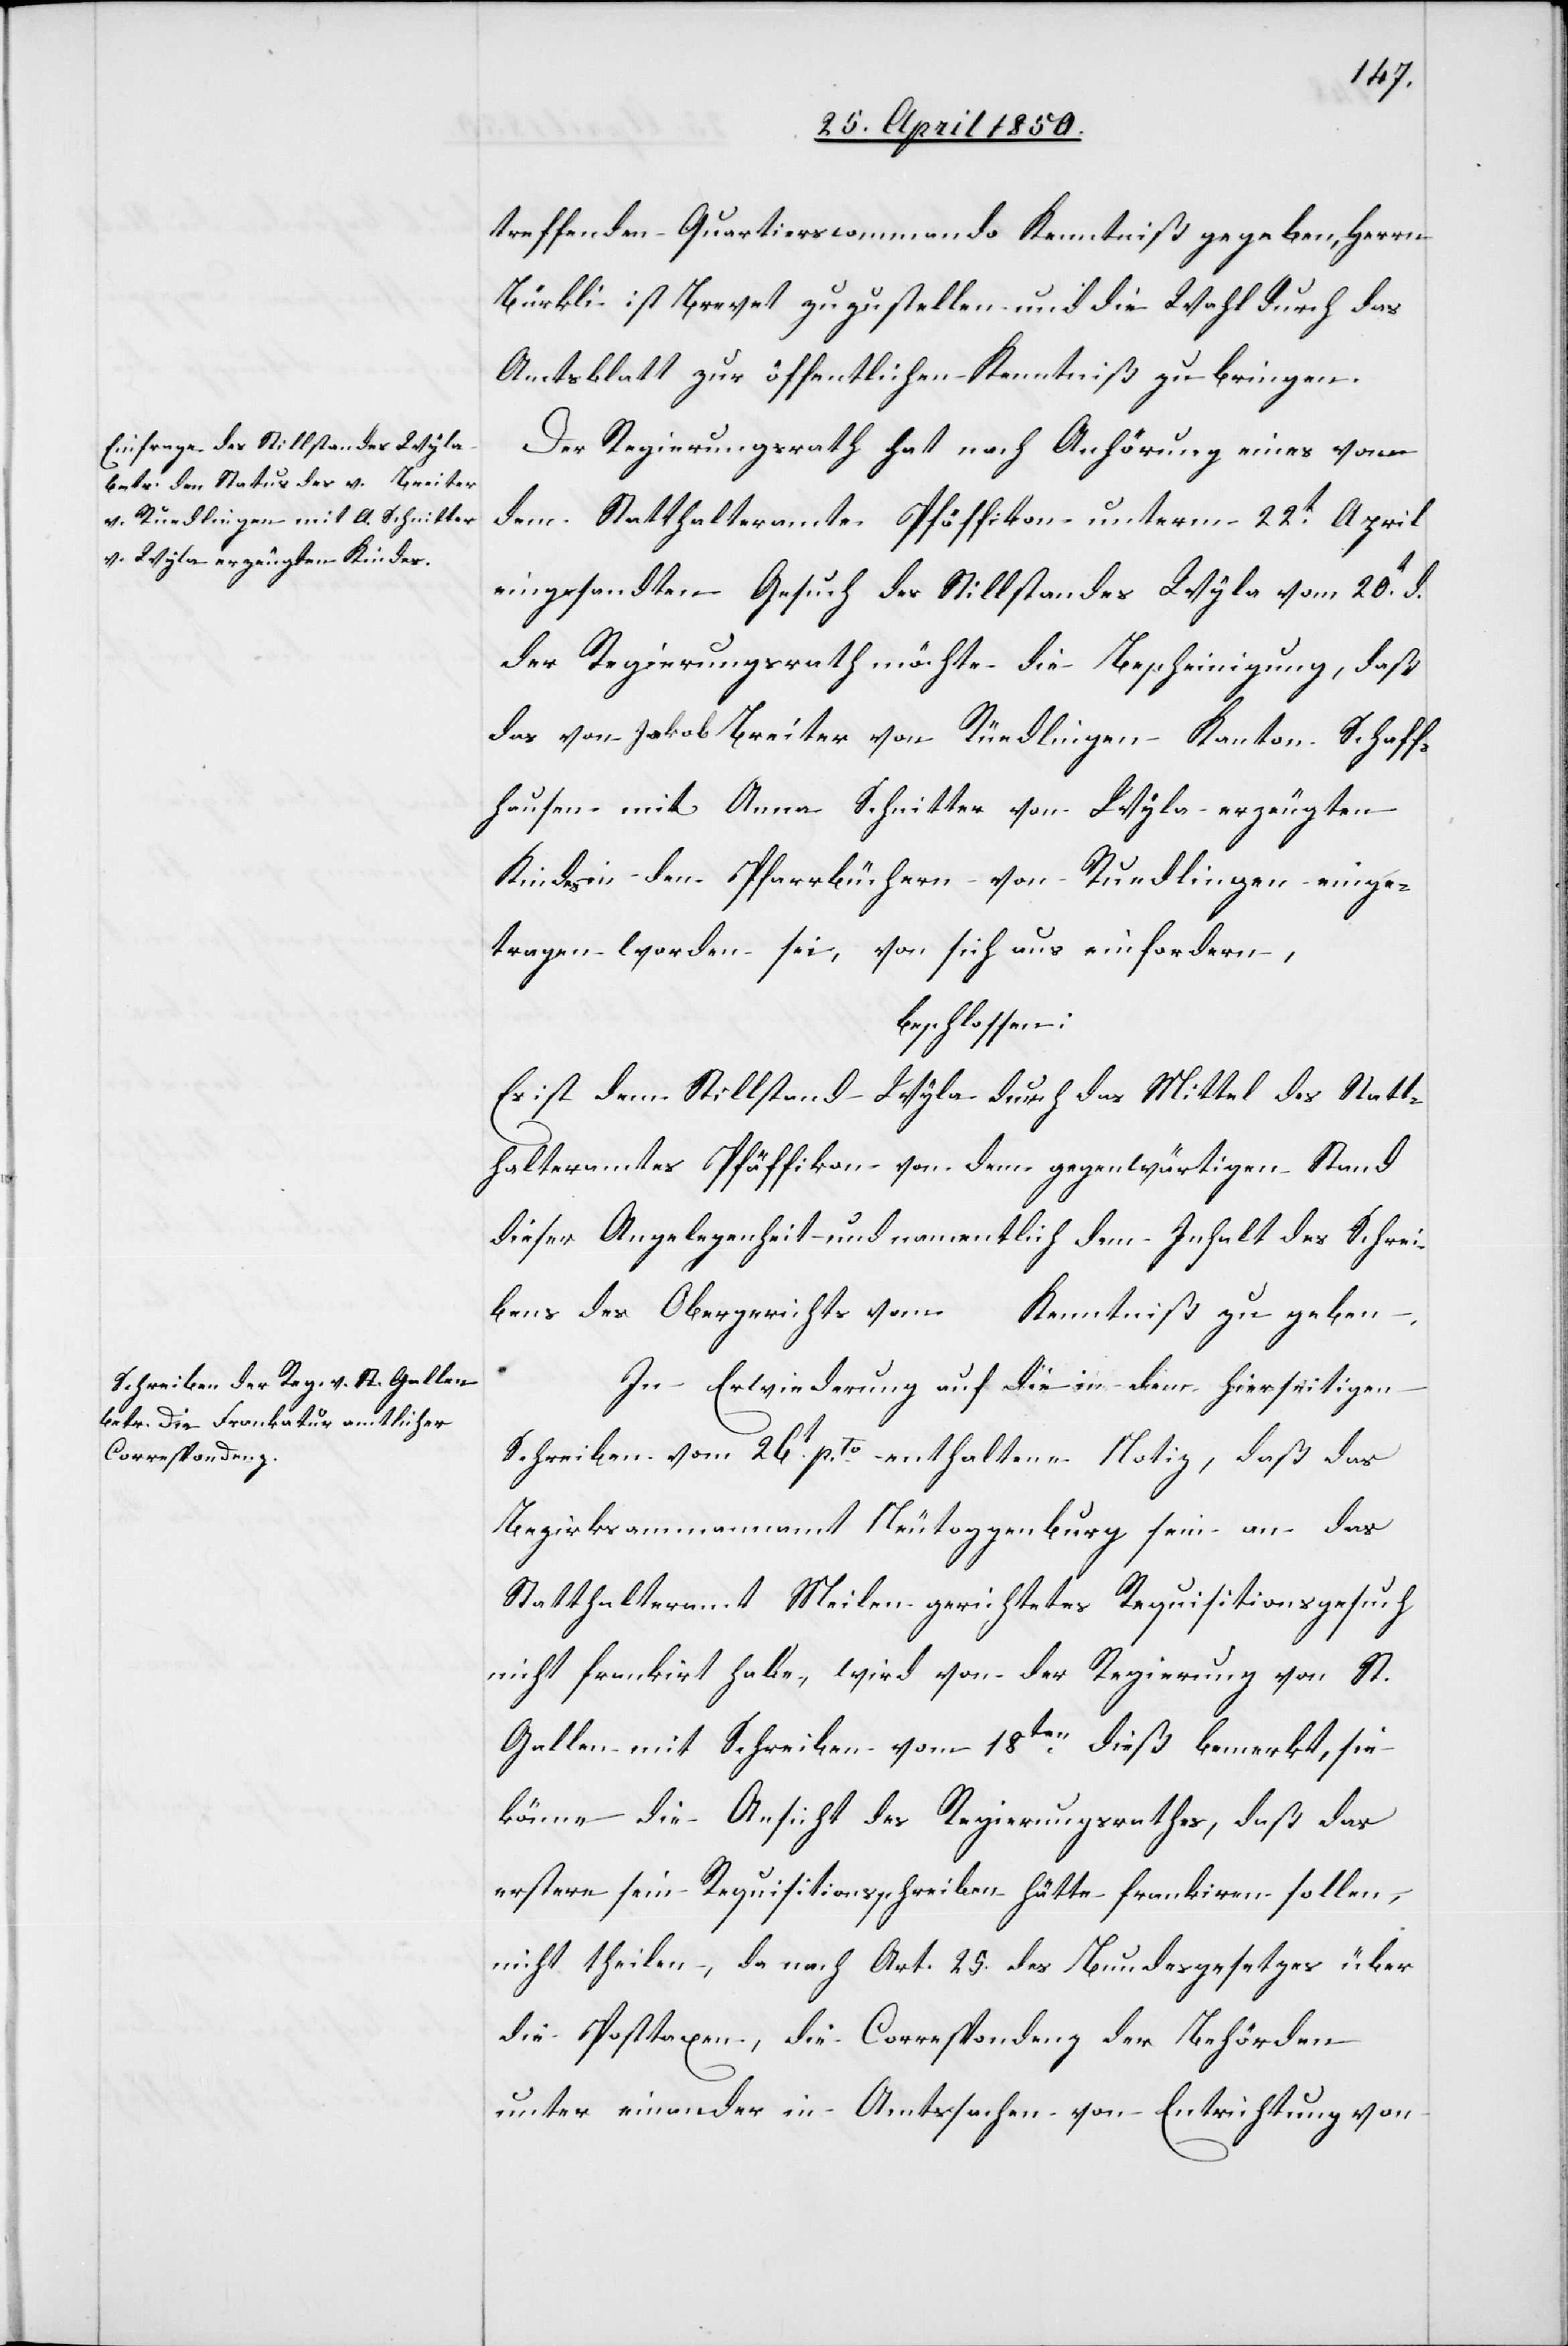
treffenden Quartierscommando Kenntniß gegeben, Herrn
Bürkli ist Brevet zuzustellen und die Wahl durch das
Amtsblatt zur öffentlichen Kenntniß zu bringen.
Der Regierungsrath hat nach Anhörung eines von
dem Statthalteramte Pfäffikon unterm 22t April
eingesandten Gesuch des Stillstandes Wyla vom 20t d.
der Regierungsrath möchte die Bescheinigung, daß
das von Jakob Breiter von Rüedlingen Kanton Schaff¬
hausen mit Anna Schnitter von Wyla erzeugten
Kindes in den Pfarrbüchern von Ruedlingen einge¬
tragen worden sei, von sich aus einfordern,
beschlossen:
Es ist dem Stillstand Wyla durch das Mittel des Statt¬
halteramtes Pfäffikon von dem gegenwärtigen Stand
dieser Angelegenheit und namentlich dem Inhalt des Schrei¬
bens des Obergerichts vom … Kenntniß zu geben.
In Erwiederung auf die in dem hierseitigen
Schreiben vom 26t pto enthaltene Notiz, daß das
Bezirksammannamt Neutoggenburg sein an das
Statthalteramt Meilen gerichtetes Requisitionsgesuch
nicht frankirt habe, wird von der Regierung von St.
Gallen mit Schreiben vom 18ten dieß bemerkt, sie
könne die Ansicht des Regierungsrathes, daß das
erstere sein Requisitionsschreiben hätte frankiren sollen,
nicht theilen, da nach Art. 25. des Bundesgesetzes über
die Posttaxen, die Correspondenz der Behörden
unter einander in Amtssachen von Entrichtung von